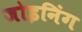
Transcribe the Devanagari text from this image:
जोइनिंग